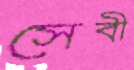
সেবী